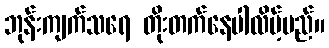
ဘုန်းကျက်သရေ တိုးတက်နေပါလိမ့်မည်။